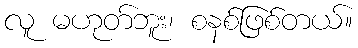
လူ မဟုတ်ဘူး၊ စနစ်ဖြစ်တယ်။